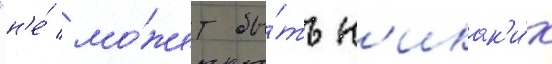
"н'е́ мо́жет бы́ть н'икак'и́х